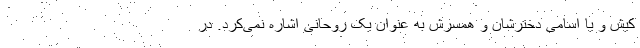
کیش و یا اسامی دخترشان و همسرش به عنوان یک روحانی اشاره نمی‌کرد. در